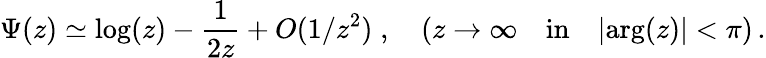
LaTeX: \Psi(z)\simeq\mathrm{log}(z)-\frac{1}{2z}+O(1/z^{2})\; ,\quad(z\rightarrow\infty\quad\mathrm{in}\quad\vert\mathrm{arg}(z)\vert<\pi)\, .